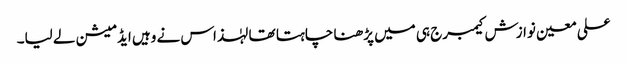
علی معین نوازش کیمبرج ہی میں پڑھنا چاہتا تھا لہٰذاس نے وہیں ایڈمیشن لے لیا۔